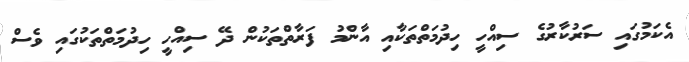
އެކަމުގައި ސަރުކާރުގެ ސިއްހީ ހިދުމަތްތަކާއި އާންމު ފަރާތްތަކުން ދޭ ސިއްހީ ހިދުމަތްތަކުގައި ވެސް